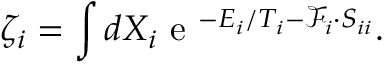
\zeta _ { i } = \int d X _ { i } \mathrm { ~ e ~ } ^ { - E _ { i } / T _ { i } - \mathcal { F } _ { i } \cdot S _ { i i } } .